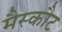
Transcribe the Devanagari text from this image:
मैस्कौट